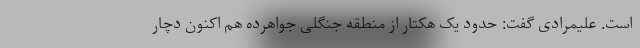
است. علیمرادی گفت: حدود یک هکتار از منطقه جنگلی جواهرده هم اکنون دچار